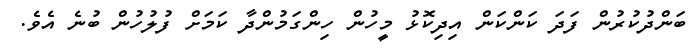
ބަންދުކުރުން ފަދަ ކަންކަން އިދިކޮޅު މީހުން ހިންގަމުންދާ ކަމަށް ފުލުހުން ބުނެ އެވެ.